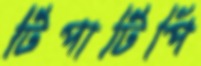
টিপাটিপি